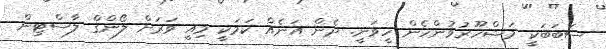
ސަބަބަކީ މަޝްހޫރުވުންހެން ހީވަނީ. ދެން އަނެއް ކަމަކީ މިއީ ވަރަށް ލޯންގް ލާސްޓިން